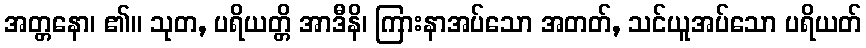
အတ္တနော၊ ၏။ သုတ, ပရိယတ္တိ အာဒီနိ၊ ကြားနာအပ်သော အတတ်, သင်ယူအပ်သော ပရိယတ်